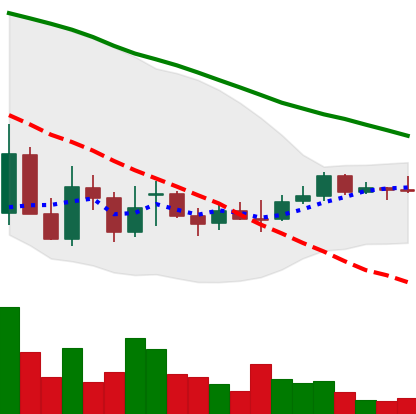
Ticker: EOS-USD
Chart end date: 2021-12-27
Forward return: -7.526%
Label: down_7plus